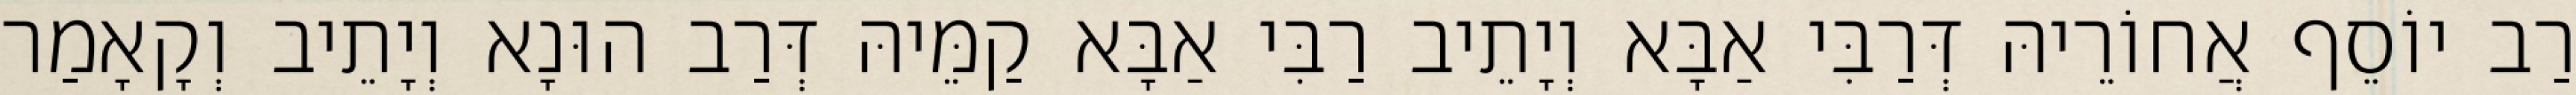
רַב יוֹסֵף אֲחוֹרֵיהּ דְּרַבִּי אַבָּא וְיָתֵיב רַבִּי אַבָּא קַמֵּיהּ דְּרַב הוּנָא וְיָתֵיב וְקָאָמַר